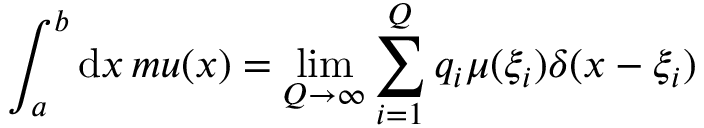
\int _ { a } ^ { b } \mathrm { d } x \, m u ( x ) = \operatorname* { l i m } _ { Q \rightarrow \infty } \sum _ { i = 1 } ^ { Q } q _ { i } \mu ( \xi _ { i } ) \delta ( x - \xi _ { i } )